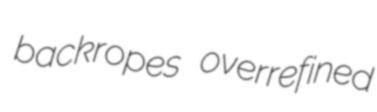
backropes overrefined